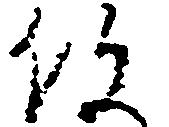
役